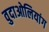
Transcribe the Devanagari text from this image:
वुदाओलियांग